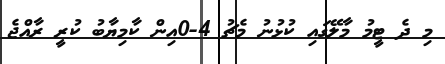
މި ދެ ޓީމު މާލޭގައި ކުޅުނު މެޗު 4-0އިން ކާމިޔާބު ކުރީ ރާއްޖެ